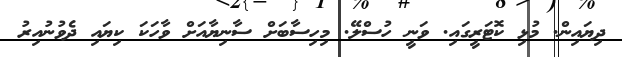
ދިޔައިން. މުޅި ކޮޓަރީގައި. ވަނީ ހުސްލޭ. މިހިސާބަށް ސާނިޔާއަށް ވާހަކަ ކިޔައި ދެވުނުއިރު